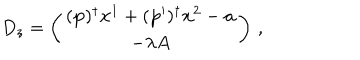
D _ { z } = \left( \begin{array} { c } { { ( \mathbf { p } ) ^ { \dagger } \mathbf { x } ^ { 1 } + ( \mathbf { p } ^ { \prime } ) ^ { \dagger } \mathbf { x } ^ { 2 } - \mathbf { a } } } \\ { { - \lambda A } } \\ \end{array} \right) \, ,